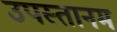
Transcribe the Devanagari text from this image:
उपस्तानम